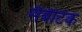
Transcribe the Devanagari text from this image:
सैबेटिक